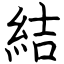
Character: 結